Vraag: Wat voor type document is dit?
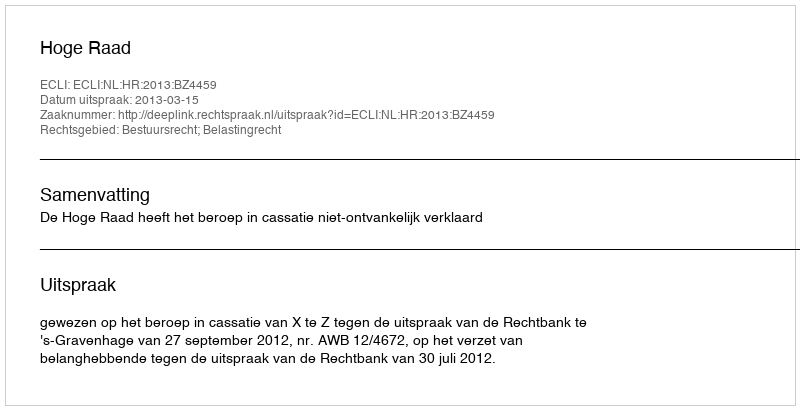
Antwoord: Uitspraak